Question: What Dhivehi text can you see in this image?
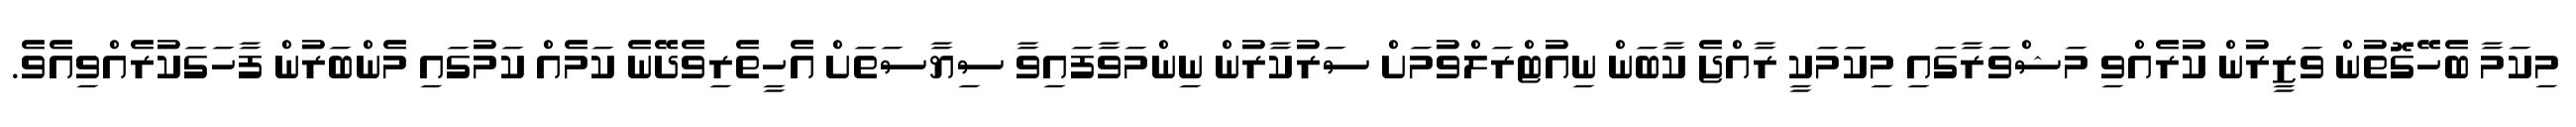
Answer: މިކަމާ ބެހޭގޮތުން ވަޒީރުން ކުރެއްވި މަޝްވަރާގައި މިކަމަކީ ރާއްޖެ ކާބަން ނިއުޓްރަލްވުމަށް ސަރުކާރުން ނިންމަވާފައިވާ ސިޔާސަތަށް އެހީތެރިވެދޭނެ ކަމެއް ކަމުގައި މެންބަރުން ފާހަގަކުރެއްވިއެވެ.